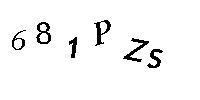
681PZS